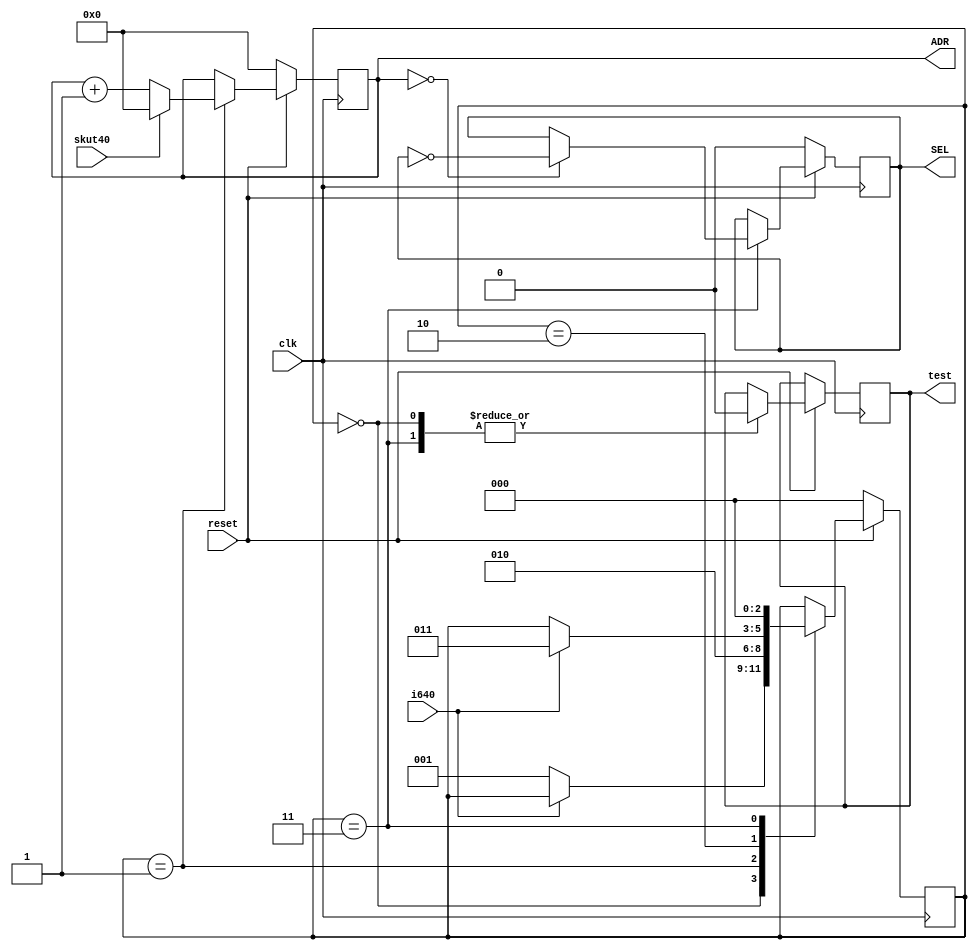
module toDAC
(
	input reset,
	input clk,
	input i640,
	input skut40,
	output reg [6:0]ADR,
	output reg SEL,
	output reg test
);

reg [2:0]state;

always@(posedge clk) begin
if (~reset) begin
	state <= 0;
	ADR <= 0;
	SEL <= 0;
end else
case (state)
	0: begin
		if (~i640) state <= 1;
		test <= 0;
	end
	1: begin
		ADR <= ADR + 1'b1;
		if (skut40 == 1'b1) begin ADR <= 0; end		
		state <= 2;
	end
	2: begin
		if (i640) begin 
			state <= 3;
		end
	end
	3: begin
		if (ADR == 0) begin SEL <= ~SEL; end
		test <= 0;
		state <= 0;
	end
endcase
end
endmodule